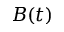
B ( t )